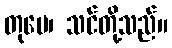
တုမေ၊ သင်တို့သည်။